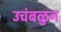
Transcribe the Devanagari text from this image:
उचंबळुन